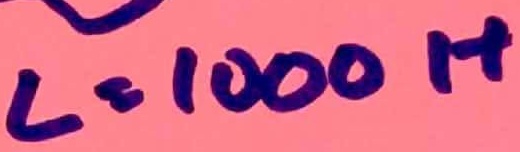
Text: L=1000H